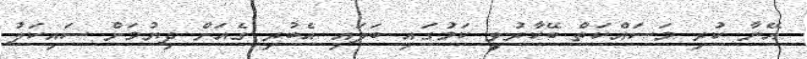
އޭނާ ކުރި މަސައްކަތް ބޭކާރުވީ ކަމުގައި ބަލައި އެބުރި ގެއަށް ދިޔުމަށް ސައިކަލު